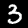
Label: 3